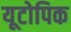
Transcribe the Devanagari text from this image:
यूटोपिक